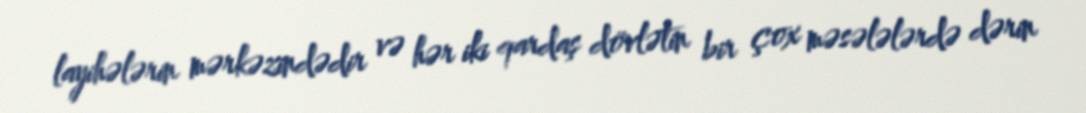
layihələrin mərkəzindədir və hər iki qardaş dövlətin bir çox məsələlərdə dərin